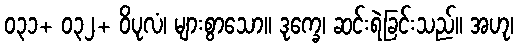
၀၃၁+ ၀၃၂+ ဝိပုလံ၊ များစွာသော။ ဒုက္ခေ၊ ဆင်းရဲခြင်းသည်။ အဟု၊